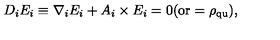
D _ { i } E _ { i } \equiv \nabla _ { i } E _ { i } + A _ { i } \times E _ { i } = 0 \mathrm { ( o r } = \rho _ { \mathrm { q u } } \mathrm { ) } ,